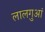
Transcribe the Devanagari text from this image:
लालगुआं